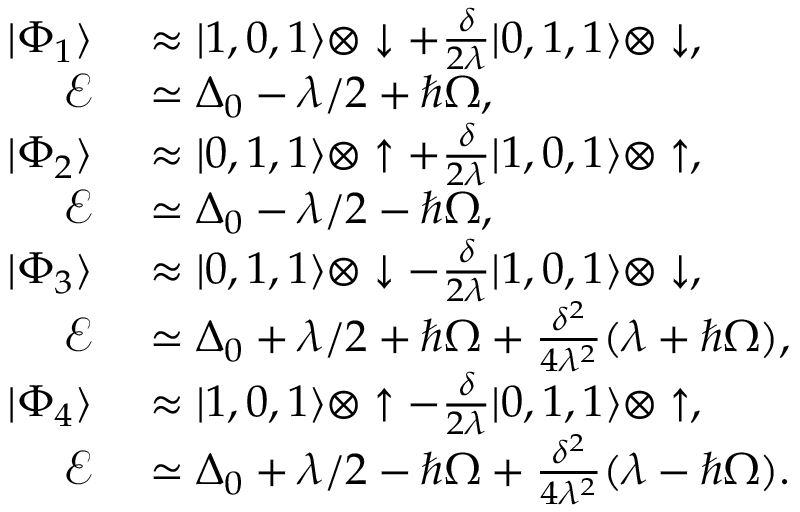
\begin{array} { r l } { | \Phi _ { 1 } \rangle } & { { } \approx | 1 , 0 , 1 \rangle \otimes \downarrow + \frac { \delta } { 2 \lambda } | 0 , 1 , 1 \rangle \otimes \downarrow , \quad } \\ { \mathcal { E } } & { { } \simeq \Delta _ { 0 } - \lambda / 2 + \hbar \Omega , } \\ { | \Phi _ { 2 } \rangle } & { { } \approx | 0 , 1 , 1 \rangle \otimes \uparrow + \frac { \delta } { 2 \lambda } | 1 , 0 , 1 \rangle \otimes \uparrow , \quad } \\ { \mathcal { E } } & { { } \simeq \Delta _ { 0 } - \lambda / 2 - \hbar \Omega , } \\ { | \Phi _ { 3 } \rangle } & { { } \approx | 0 , 1 , 1 \rangle \otimes \downarrow - \frac { \delta } { 2 \lambda } | 1 , 0 , 1 \rangle \otimes \downarrow , \quad } \\ { \mathcal { E } } & { { } \simeq \Delta _ { 0 } + \lambda / 2 + \hbar \Omega + \frac { \delta ^ { 2 } } { 4 \lambda ^ { 2 } } ( \lambda + \hbar \Omega ) , } \\ { | \Phi _ { 4 } \rangle } & { { } \approx | 1 , 0 , 1 \rangle \otimes \uparrow - \frac { \delta } { 2 \lambda } | 0 , 1 , 1 \rangle \otimes \uparrow , \quad } \\ { \mathcal { E } } & { { } \simeq \Delta _ { 0 } + \lambda / 2 - \hbar \Omega + \frac { \delta ^ { 2 } } { 4 \lambda ^ { 2 } } ( \lambda - \hbar \Omega ) . } \end{array}